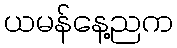
ယမန်နေ့ညက